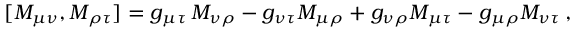
[ M _ { \mu \nu } , M _ { \rho \tau } ] = g _ { \mu \tau } \, M _ { \nu \rho } - g _ { \nu \tau } M _ { \mu \rho } + g _ { \nu \rho } M _ { \mu \tau } - g _ { \mu \rho } M _ { \nu \tau } \, ,